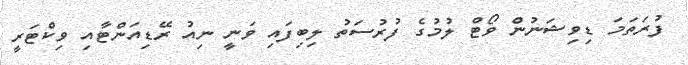
ފުރަތަމަ ޑިވިޝަނުން ވޯޓް ލުމުގެ ފުރުސަތު ލިބިފައި ވަނީ ނިއު ރޭޑިއަންޓާއި ވިކްޓަރީ